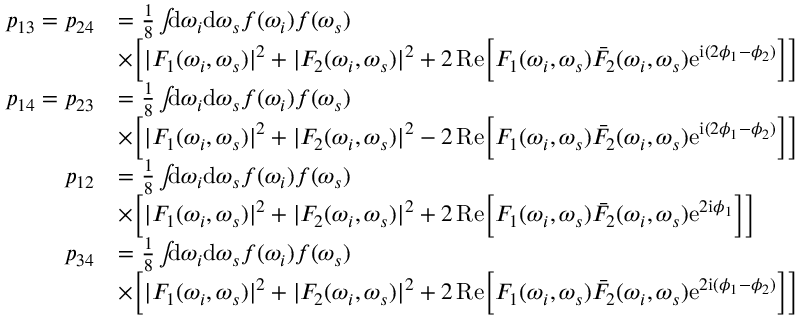
\begin{array} { r l } { p _ { 1 3 } = p _ { 2 4 } } & { = \frac { 1 } { 8 } \int \! \! \! \mathrm { d } \omega _ { i } \mathrm { d } \omega _ { s } f ( \omega _ { i } ) f ( \omega _ { s } ) } \\ & { \times \Big [ | F _ { 1 } ( \omega _ { i } , \omega _ { s } ) | ^ { 2 } + | F _ { 2 } ( \omega _ { i } , \omega _ { s } ) | ^ { 2 } + 2 \, \mathrm { R e } \Big [ F _ { 1 } ( \omega _ { i } , \omega _ { s } ) \bar { F } _ { 2 } ( \omega _ { i } , \omega _ { s } ) \mathrm { e } ^ { \mathrm { i } ( 2 \phi _ { 1 } - \phi _ { 2 } ) } \Big ] \Big ] } \\ { p _ { 1 4 } = p _ { 2 3 } } & { = \frac { 1 } { 8 } \int \! \! \! \mathrm { d } \omega _ { i } \mathrm { d } \omega _ { s } f ( \omega _ { i } ) f ( \omega _ { s } ) } \\ & { \times \Big [ | F _ { 1 } ( \omega _ { i } , \omega _ { s } ) | ^ { 2 } + | F _ { 2 } ( \omega _ { i } , \omega _ { s } ) | ^ { 2 } - 2 \, \mathrm { R e } \Big [ F _ { 1 } ( \omega _ { i } , \omega _ { s } ) \bar { F } _ { 2 } ( \omega _ { i } , \omega _ { s } ) \mathrm { e } ^ { \mathrm { i } ( 2 \phi _ { 1 } - \phi _ { 2 } ) } \Big ] \Big ] } \\ { p _ { 1 2 } } & { = \frac { 1 } { 8 } \int \! \! \! \mathrm { d } \omega _ { i } \mathrm { d } \omega _ { s } f ( \omega _ { i } ) f ( \omega _ { s } ) } \\ & { \times \Big [ | F _ { 1 } ( \omega _ { i } , \omega _ { s } ) | ^ { 2 } + | F _ { 2 } ( \omega _ { i } , \omega _ { s } ) | ^ { 2 } + 2 \, \mathrm { R e } \Big [ F _ { 1 } ( \omega _ { i } , \omega _ { s } ) \bar { F } _ { 2 } ( \omega _ { i } , \omega _ { s } ) \mathrm { e } ^ { 2 \mathrm { i } \phi _ { 1 } } \Big ] \Big ] } \\ { p _ { 3 4 } } & { = \frac { 1 } { 8 } \int \! \! \! \mathrm { d } \omega _ { i } \mathrm { d } \omega _ { s } f ( \omega _ { i } ) f ( \omega _ { s } ) } \\ & { \times \Big [ | F _ { 1 } ( \omega _ { i } , \omega _ { s } ) | ^ { 2 } + | F _ { 2 } ( \omega _ { i } , \omega _ { s } ) | ^ { 2 } + 2 \, \mathrm { R e } \Big [ F _ { 1 } ( \omega _ { i } , \omega _ { s } ) \bar { F } _ { 2 } ( \omega _ { i } , \omega _ { s } ) \mathrm { e } ^ { 2 \mathrm { i } ( \phi _ { 1 } - \phi _ { 2 } ) } \Big ] \Big ] } \end{array}